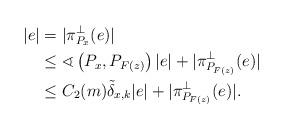
LaTeX: \begin{align*} \vert e \vert &= \vert \pi_{P_x}^\perp (e) \vert \\ &\leq \sphericalangle\left(P_x,P_{F(z)}\right) \vert e \vert + \vert \pi_{P_{F(z)}}^\perp (e)\vert\\ &\leq C_2(m) \tilde \delta_{x,k} \vert e \vert + \vert \pi_{P_{F(z)}}^\perp (e)\vert. \end{align*}